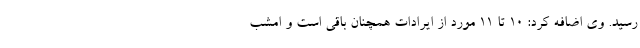
رسید. وی اضافه کرد: ۱۰ تا ۱۱ مورد از ایرادات همچنان باقی است و امشب